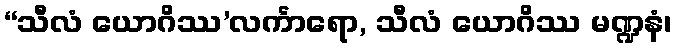
“သီလံ ယောဂိဿ’လင်္ကာရော, သီလံ ယောဂိဿ မဏ္ဍနံ၊